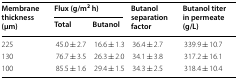
<table><thead><tr><td rowspan="2"><b>Membrane thickness (μm)</b></td><td colspan="2"><b>Flux (g/m<sup>2</sup> h)</b></td><td rowspan="2"><b>Butanol separation factor</b></td><td rowspan="2"><b>Butanol titer in permeate (g/L)</b></td></tr><tr><td><b>Total</b></td><td><b>Butanol</b></td></tr></thead><tbody><tr><td>225</td><td>45.0 ± 2.7</td><td>16.6 ± 1.3</td><td>36.4 ± 2.7</td><td>339.9 ± 10.7</td></tr><tr><td>130</td><td>76.7 ± 3.5</td><td>26.3 ± 2.0</td><td>34.1 ± 3.8</td><td>317.2 ± 16.1</td></tr><tr><td>100</td><td>85.5 ± 1.6</td><td>29.4 ± 1.5</td><td>34.3 ± 2.5</td><td>318.4 ± 10.4</td></tr></tbody></table>